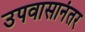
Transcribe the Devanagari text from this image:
उपवासानंतर